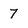
Character: 7